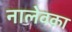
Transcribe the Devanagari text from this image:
नालेवका